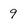
Character: 9